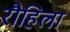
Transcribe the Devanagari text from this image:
रौहिला